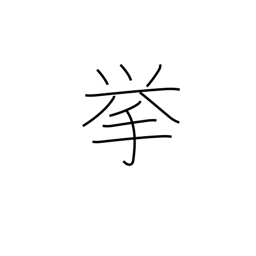
Meaning: project